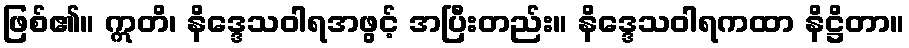
ဖြစ်၏။ ဣတိ၊ နိဒ္ဒေသဝါရအဖွင့် အပြီးတည်း။ နိဒ္ဒေသဝါရကထာ နိဋ္ဌိတာ။